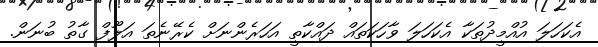
އެކަހަލަ އުއްމީދުތަކާ އެކަހަލަ ވާހަކަތައް ދައްކާތީ އަހަރެންނަށް ކެރޭނެތަ އަލޫފް ގާތު ބުނަން.